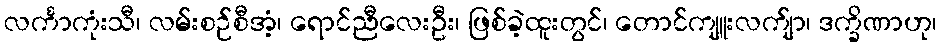
လင်္ကာကုံးသီ၊ လမ်းစဉ်စီအံ့၊ ရောင်ညီလေးဦး၊ ဖြစ်ခဲ့ထူးတွင်၊ တောင်ကျူးလက်ျာ၊ ဒက္ခိဏာဟု၊